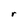
Character: r